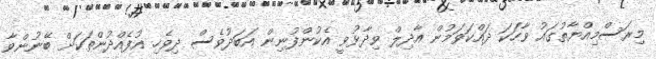
މިރަސްމިއްޔާތުގައު ވާހަކަ ދައްކަވަމުން އާދިލް ވިދާޅުވީ އެކުންފުނިން އަބަދުވެސް ދިވެހި އުފެއްދުންތަކަށް ބޭނުންވާ